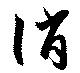
誚